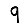
Digit: 9